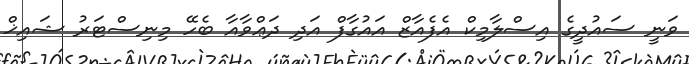
ވަނީ ސައުދީގެ އިސްލާމިކް އެފެއާޒް އައުގާފް އަދި ދަޢްވާއާ ބެހޭ މިނިސްޓަރު ޝައިޚް